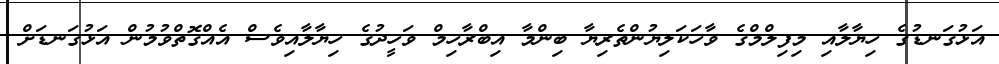
އަޅުގަނޑުގެ ހިޔާލާއި މިފިލްމްގެ ވާހަކަލިޔުންތެރިޔާ ބިންމާ އިބްރާހިމް ވަހީދުގެ ހިޔާލާއިވެސް އެއްގޮތްވުމުން އަޅުގަނޑަށް